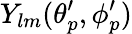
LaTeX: Y_{lm}(\theta_{p}^{\prime},\phi_{p}^{\prime})